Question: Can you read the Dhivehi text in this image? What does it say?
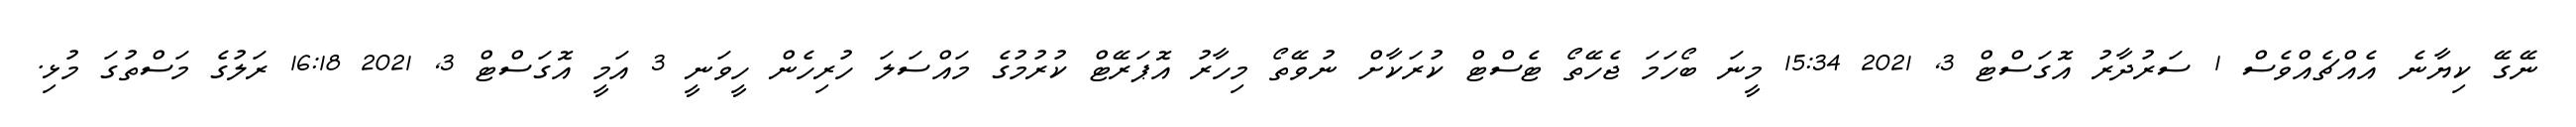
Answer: ނޭގޭ ކިޔާނެ އެއްޗެއްވެސް 1 ސަރުދާރު އޮގަސްޓް 3, 2021 15:34 މީނަ ބޯހަމަ ޖެހޭތޯ ޓެސްޓް ކުރަކާށް ނުވޭތޯ މިހާރު އޮޕަރޭޓް ކުރުމުގެ މައްސަލަ ހުރިހެން ހީވަނީ 3 އަމީ އޮގަސްޓް 3, 2021 16:18 ރަލުގެ މަސްތުގަ މުޅި.